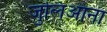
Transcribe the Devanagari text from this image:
जुलिआना